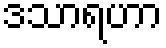
ဒသာရဟာ